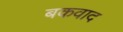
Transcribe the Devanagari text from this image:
बकवाद